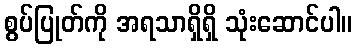
စွပ်ပြုတ်ကို အရသာရှိရှိ သုံးဆောင်ပါ။